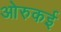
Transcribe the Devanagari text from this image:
ओरुकई